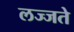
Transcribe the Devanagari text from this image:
लज्जते